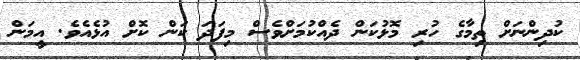
ކުދިންނަށް ތިމާގެ ހުރި މޮޅުކަން ދެއްކުމަށްވެސް މިފަދަ ކަން ކޮށް އުޅެއެވެ. އީމަން